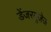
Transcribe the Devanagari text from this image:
डेंजरयूजेज